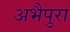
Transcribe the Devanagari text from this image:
अभैपुरा